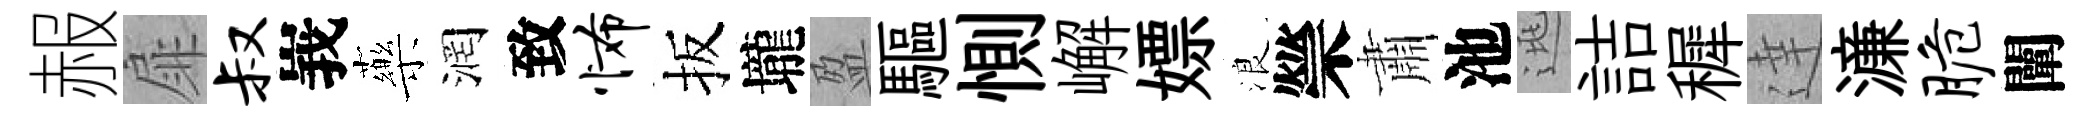
赧扉叔峩藥润致怖扳壠盈驅惻嶰嫖浪禜肅池逃詰穉達濓脆闡